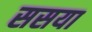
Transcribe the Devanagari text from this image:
ससया